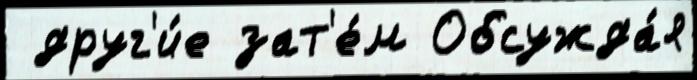
 друг'и́е зат'е́м Обсужда́я